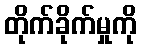
တိုက်ခိုက်မှုကို